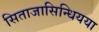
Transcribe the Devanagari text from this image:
सिताजासिन्धियया